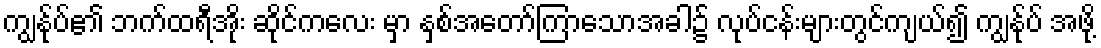
ကျွန်ုပ်၏ ဘက်ထရီအိုး ဆိုင်ကလေး မှာ နှစ်အတော်ကြာသောအခါ၌ လုပ်ငန်းများတွင်ကျယ်၍ ကျွန်ုပ် အဖို့